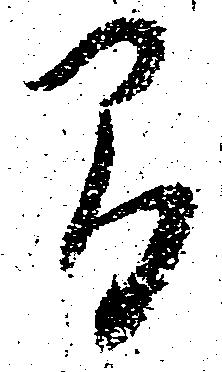
間